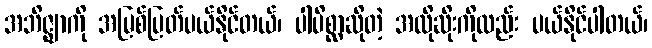
အဘိဇ္ဈာကို အမြစ်ပြတ်ပယ်နိုင်တယ်၊ ပါပိစ္ဆာဆိုတဲ့ အလိုဆိုးကိုလည်း ပယ်နိုင်ပါတယ်၊